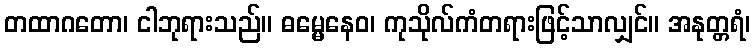
တထာဂတော၊ ငါဘုရားသည်။ ဓမ္မေနေဝ၊ ကုသိုလ်ကံတရားဖြင့်သာလျှင်။ အနုတ္တရံ၊